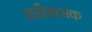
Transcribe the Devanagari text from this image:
महीशासक